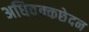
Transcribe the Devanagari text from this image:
अधिवृक्कछेदन